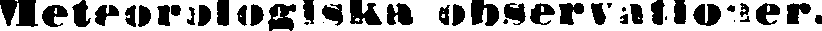
Meteorologiska observationer.